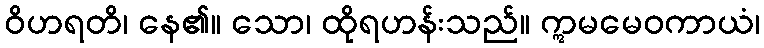
ဝိဟရတိ၊ နေ၏။ သော၊ ထိုရဟန်းသည်။ ဣမမေဝကာယံ၊